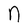
Character: n